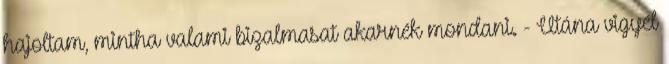
hajoltam, mintha valami bizalmasat akarnék mondani. - Utána vigyél